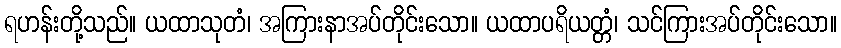
ရဟန်းတို့သည်။ ယထာသုတံ၊ အကြားနာအပ်တိုင်းသော။ ယထာပရိယတ္တံ၊ သင်ကြားအပ်တိုင်းသော။